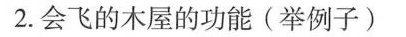
2.会飞的木屋的功能(举例子)